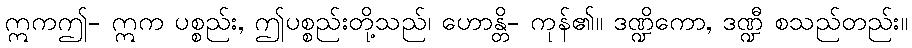
ဣကဤ- ဣက ပစ္စည်း, ဤပစ္စည်းတို့သည်၊ ဟောန္တိ- ကုန်၏။ ဒဏ္ဍိကော, ဒဏ္ဍီ စသည်တည်း။